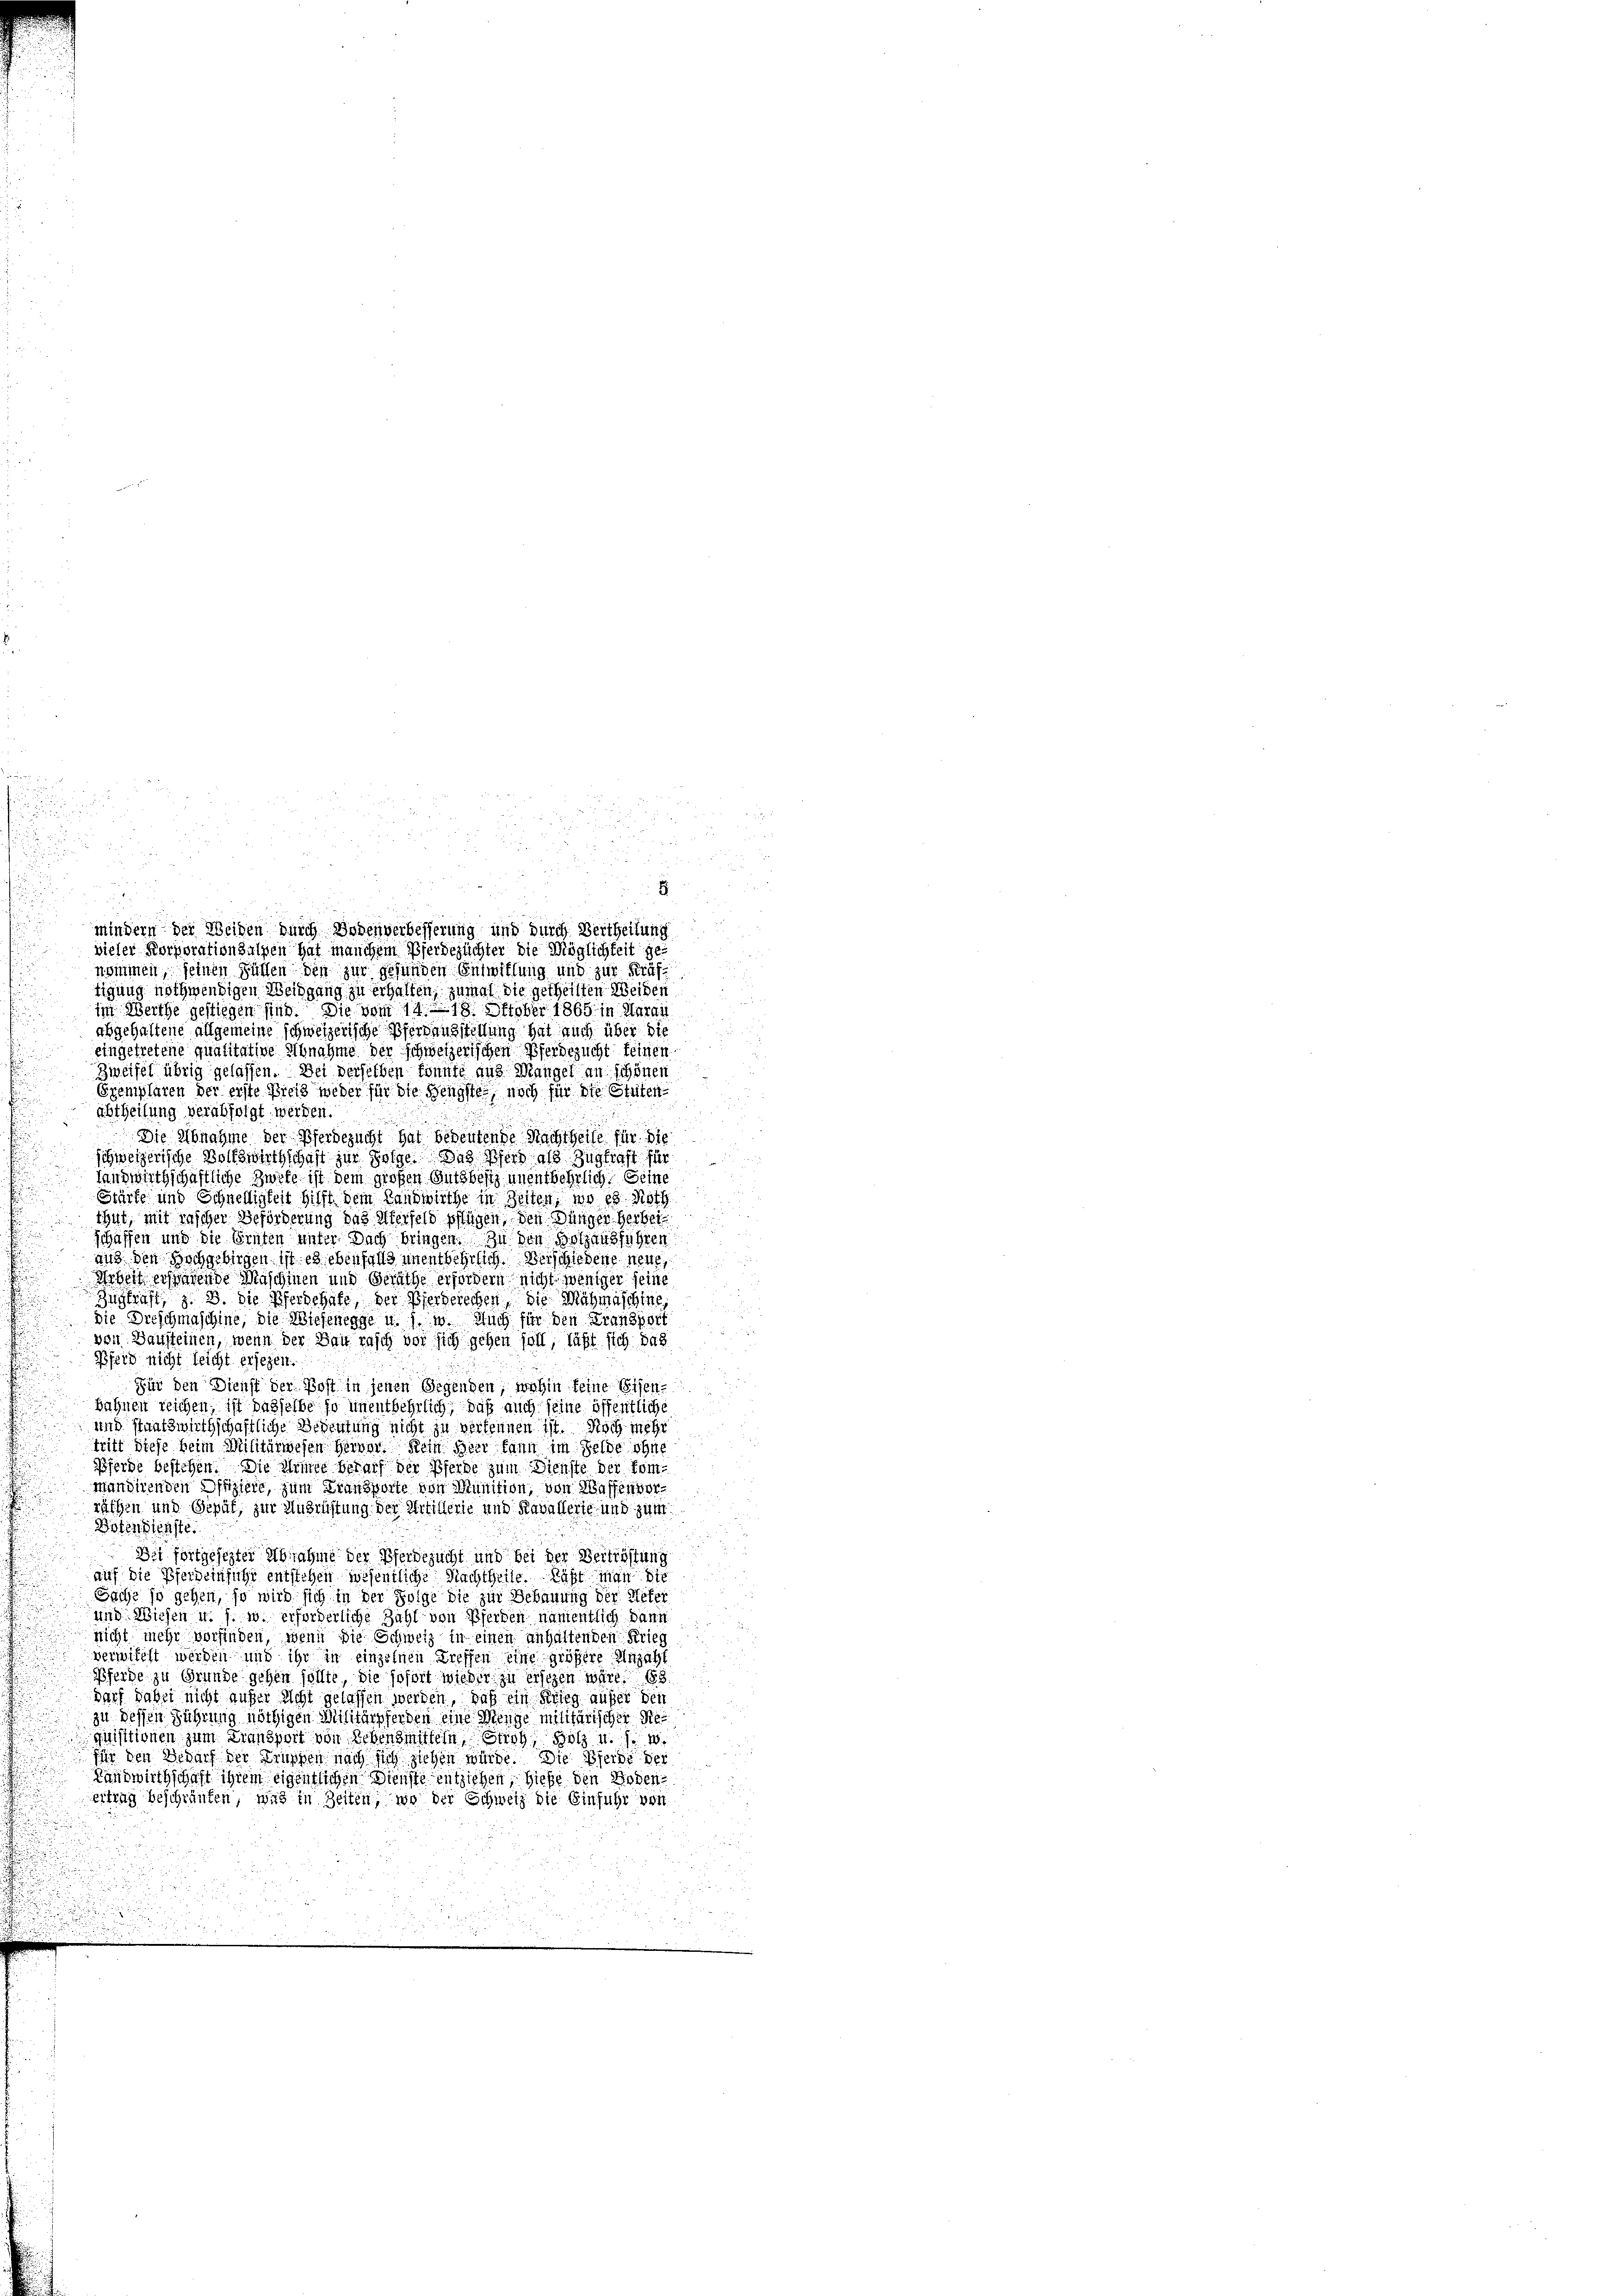
.
d
mindern der Weiden durch Bodenverbesserung und durch Vertheilung
vieler Korporationalpen hat manchem Pferdezüchter die Möglichkeit ge-
nommen, seinen Füllen den zur gefunden Entwillung und zur Kräf
tigung nothwendigen Weidgang zu erhalten, zumal die getheilten Weiden
im Werthe gestiegen sind. Die vom 14. 18. Oktober 1865 in Aarau
abgehaltene allgemeine schweizerische Pferdanzstellung hat auch über die
eingetretene qualitative Abnahme der schweizerischen Pferdezucht feinen
Zweifel übrig gelassen. Der derselben könnte aus Mangel an schönen
Exemplaren der erste Preis weder für die Hengste, noch für die Stuten
abtheilung verabfolgt. werden.
Die Abnahme der Pferdezucht hat bedeutende Nachtheile für die
schweizerische Wolfswirthschaft zur Folge. Das Pferd als Zugkraft für
landwirthschaftliche Zweife ist dem großen Gutsbesiz unentbehrlich seine
Stärke und Schnelligkeit hilft dem Landwirthe in Zeiten, wo es noth
thut, mit rascher Beförderung das Uferfeld pffügen, den Dünger Herbei
schaffen und die Ernten unter Dach bringen. Zu den Holzausführen
aus den Hochgebirgen ist es ebenfalls unentbehrlich. Berschiedene neue
Wobei ersparende Maschinen und Geräthe erfordern nicht weniger seine
Inskraft, z. B. die Pferdehafe, der Verberechen, die Mähmaschine,
die Dreschmaschine, die Wiesenegge u. s. w. Auch für den Fransport
von Bausteinen, wenn der Bau rasch vor sich gehen soll, läßt sich das
Pferd nicht leicht ersezen.
Für den Dienst der Post in jenen Gegenden, wohin keine Eisen-
bahnen reichen, ist dasselbe so unentbehrlich, daß auch seine öffentliche
und Staatswirthschaftliche Bedeutung nicht zu verkennen ist. Noch mehr
tritt diese beim Militärwesen Herrer. Kein der kann im Gelde ohne
Pferde bestehen. Die Seite bedarf der Pferde zum Dienste der kom-
mandirenden Offiziere, zum Transporte von Munition, von Wassenverräthen und Gepät, zur Ausrüstung der Artillerie und Kavallerie und zum
Botenstenste
Des fortgesezter Abnahme der Pferdezucht und bei der Bertröstung
auf die Pferdeinführ entstehen wesentliche Nachtheile. Laßt man die
Sache so gehen, so wird sich in der Folge die zur Bebauung der Peter
und Wiesen u. s. w. erforderliche Zahl von Pferden namentlich dann

nicht mehr vorfinden, wenn die Schweiz in einen anhaltenden Krieg
vermitelt werden und ihr in einzelnen Treffen eine größere Anzahl
Pferde zu Grunde gehen sollte, die sofort wieder zu ersezen wäre. 188
darf dabei nicht aufer sicht gelassen werden, daß ein Krieg aufer den
zu dessen Führung nöthigen Militärsferden eine Menge militärischer Requisitionen zum Landzeit von Lebensmitteln, Stroh, Holz u. s. w.
für den Bedarf der Truppen nach sich ziehen würde. Die Pferde der
Landwirthschaft ihrem eigentlichen Dienste entziehen, hieße den Siehen
ertrag beschränken, was in Zeiten, wo der Schweiz die Einführ von

E